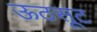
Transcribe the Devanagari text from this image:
ऊठसूट